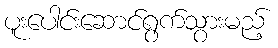
ပူးပေါင်းဆောင်ရွက်သွားမည့်